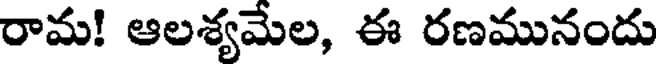
రామ! ఆలశ్యమేల, ఈ రణమునందు